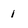
Character: 1